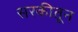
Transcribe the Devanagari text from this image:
सरकीतून